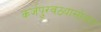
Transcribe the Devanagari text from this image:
कर्जपुरवठ्यासोबत